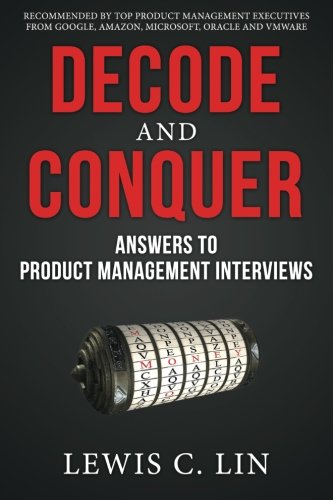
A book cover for Decode and Conquer: Answers to Product Management Interviews; Lewis C. Lin; Business & Money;